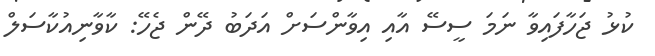
ކުޅު ޖަހާފައިވާ ނަމަ ސީސޭ އާއި އިވާންސަށް އަދަބު ދޭން ޖެހޭ: ކާވާނިއުކާސަލް